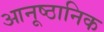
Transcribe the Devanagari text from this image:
आनूष्ठानिक